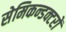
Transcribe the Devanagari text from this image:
सेमिकन्डक्टरों